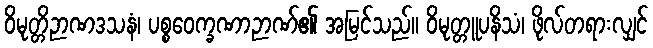
ဝိမုတ္တိဉာဏဒသနံ၊ ပစ္စဝေက္ခဏာဉာဏ်၏ အမြင်သည်။ ဝိမုတ္တူပနိသံ၊ ဖိုလ်တရားလျှင်